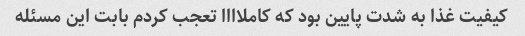
کیفیت غذا به شدت پایین بود که کاملاااا تعجب کردم بابت این مسئله